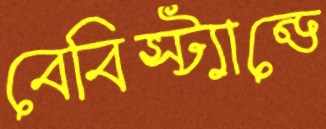
বেবিস্ট্যান্ডে